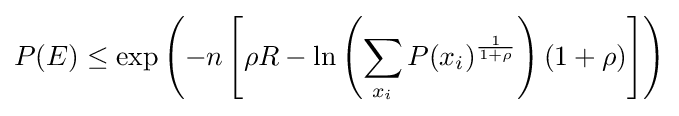
P(E)\leq \exp \left(-n\left[\rho R-\ln \left(\sum _{x_{i}}P(x_{i})^{\frac {1}{1+\rho }}\right)(1+\rho )\right]\right)